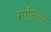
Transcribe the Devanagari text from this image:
माटिना